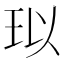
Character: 𤤳